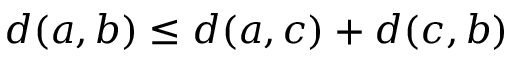
d ( a , b ) \leq d ( a , c ) + d ( c , b )